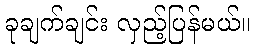
ခုချက်ချင်း လှည့်ပြန်မယ်။